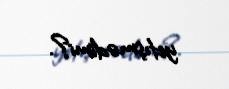
yetışmədimi?.